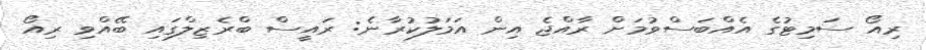
ރިއޯ ސަމިޓުގެ އެއްބަސްވުމަށް ރާއްޖެ އިން އަމަލުކުރާނެ: ރައީސް ބްރެޒިލްގައި ބޭއްވި ރިއޯ